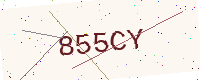
Text: 855CY